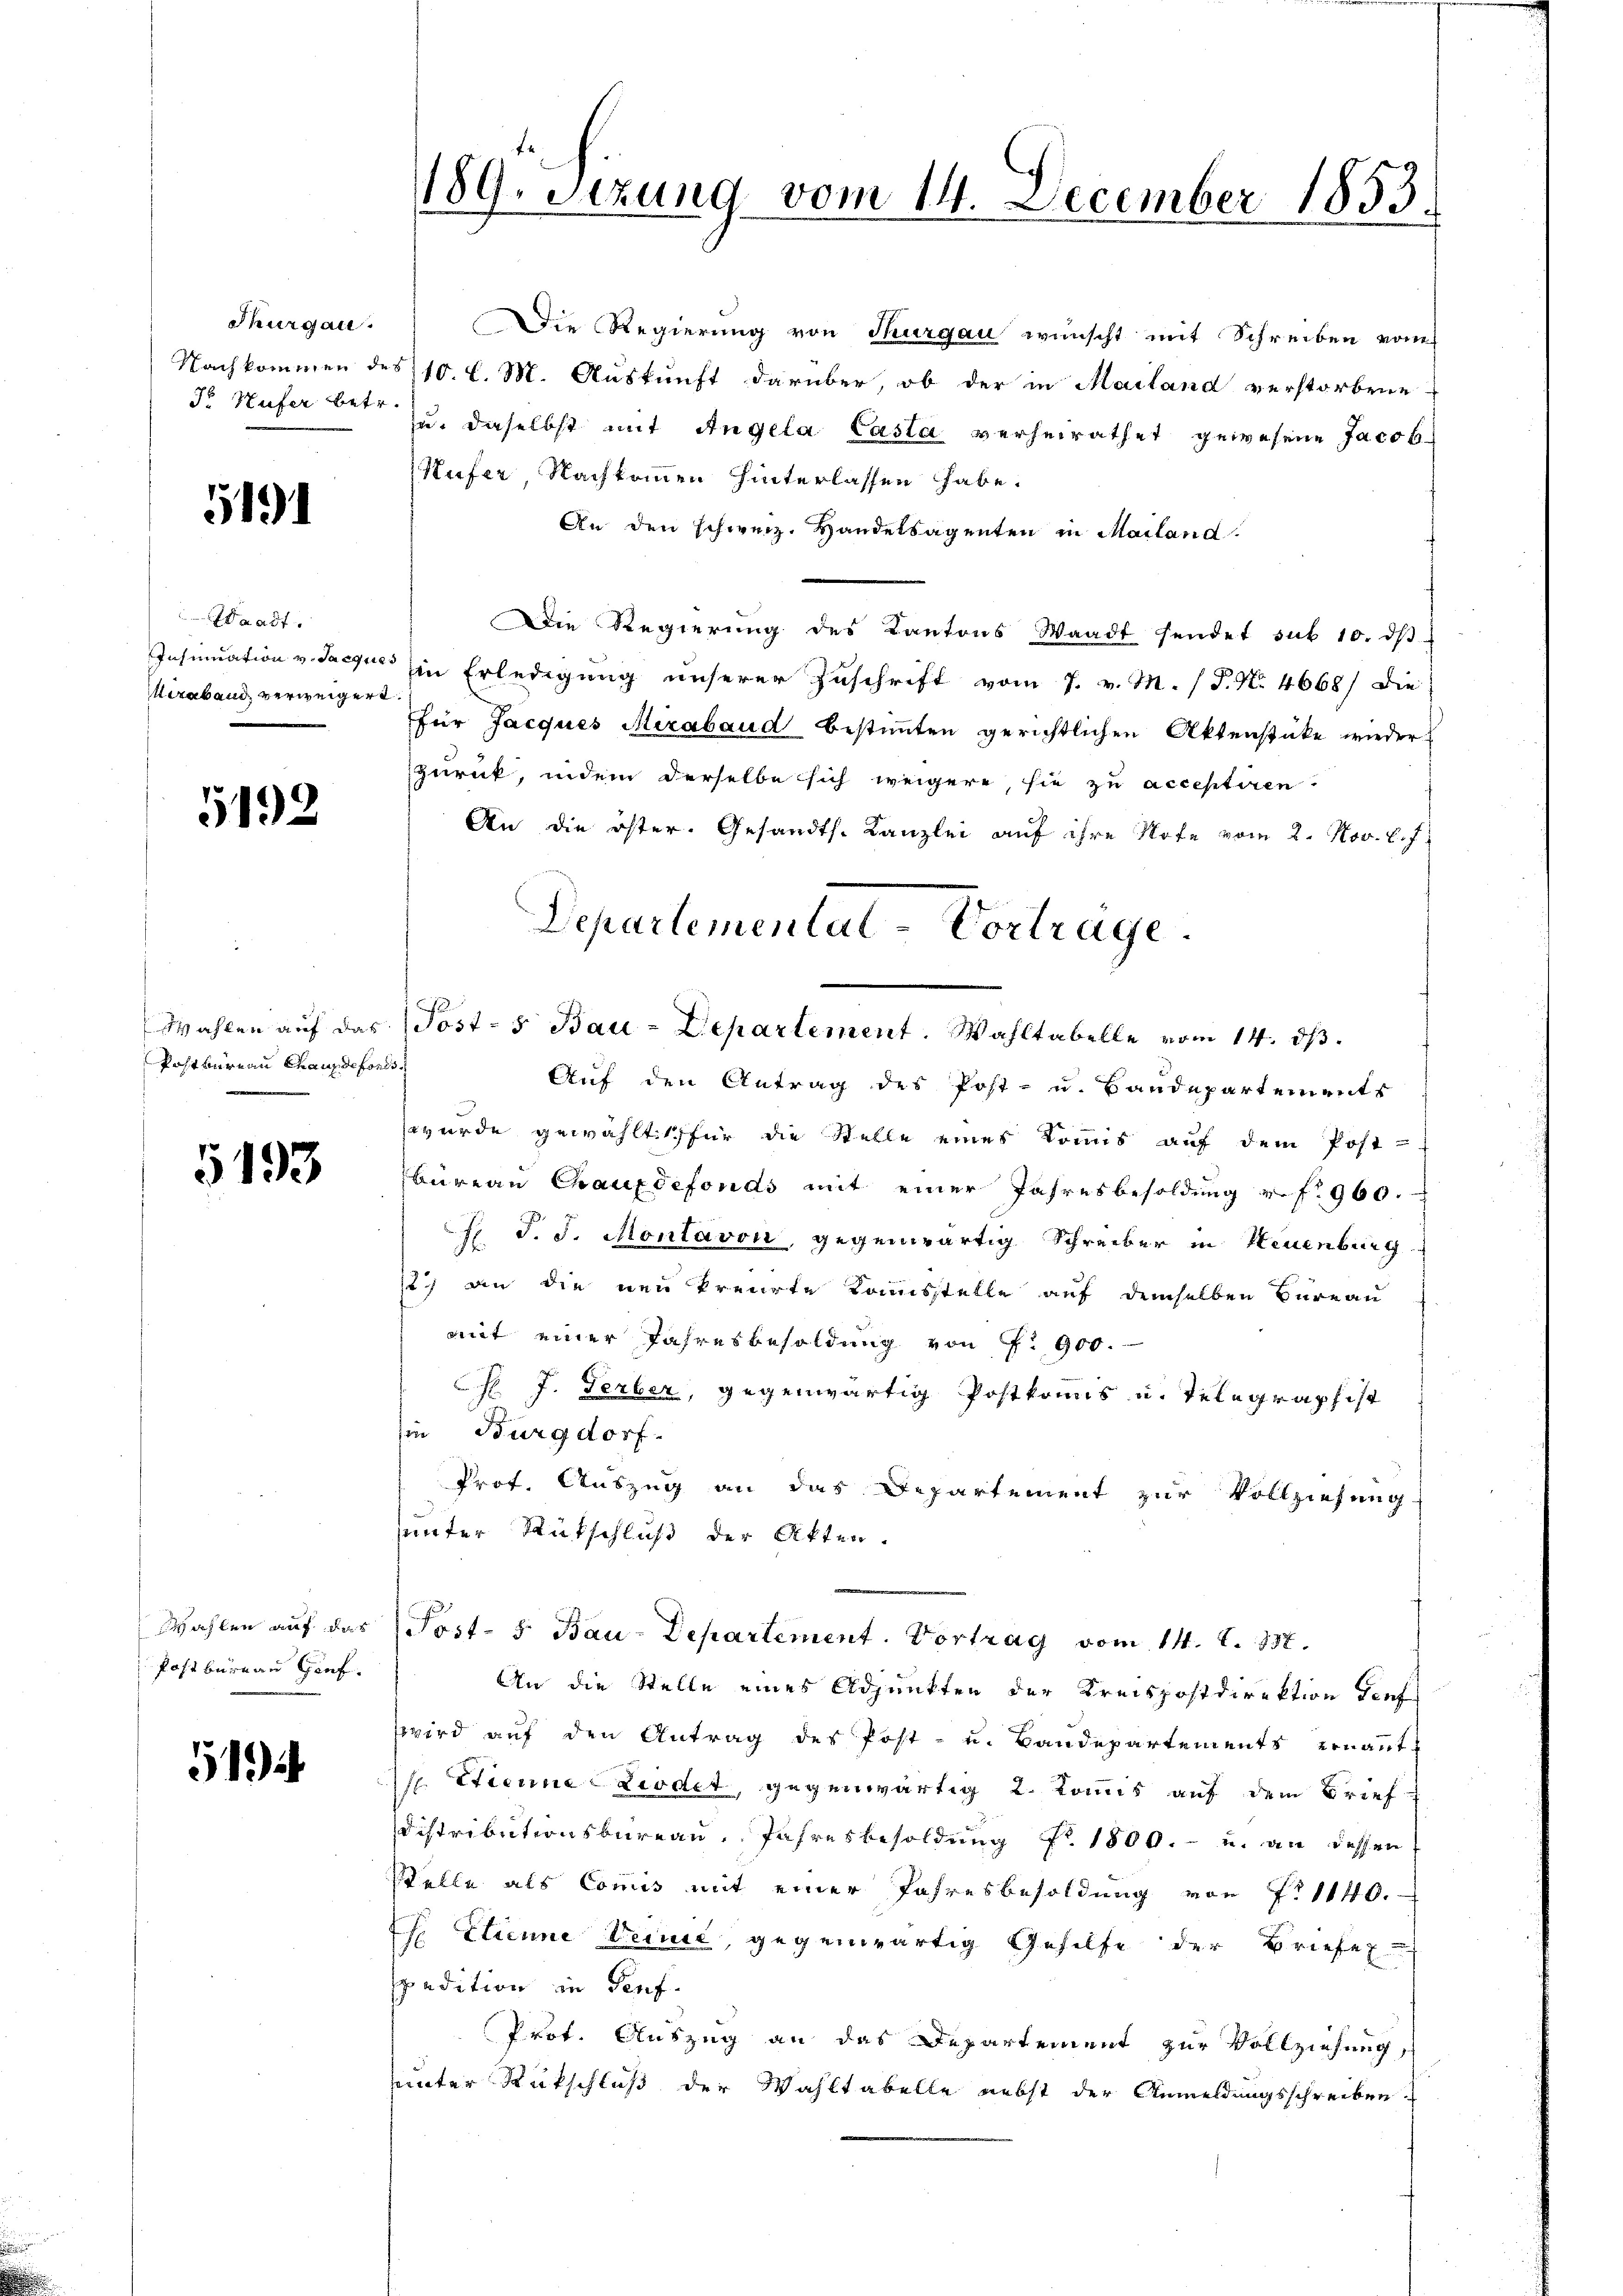
Thurgau.

5191

Waadt.
Hiraband verweigert.

5192

Wahlen auf das
Postbureau Chaus de forts

5193

Wahlen auf das
Postbureau Graf.

514

189. Sitzung vom 14. December 1853.

Nachkommen des 10. d. M. Auskunft darüber, ob der in Mailand verstorbene
3o Hufer betr. u. daselbst mit Angela Casta verheirathet gewesene Jacob
ufer, Nachkommen hinterlassen habe.
An den schweiz. Handelsagenten in Mailand
Die Regierung des Kantons Waadt sendet sub 10. dβ
Insinuation v. Sache in Erledigung unserer Zuschrift vom 7. v. M. / P. Nr. 4668/ die
für Jacques Miraband bestimmten gerichtlichen Aktenstücke wieder
zurück, indem derselbe sich weigere, sie zu acceptiren.
An die öster. Gesandts. Kanzlei auf ihre Note vom 2. Nov. l. f
Auf den Antrag des Post- u. Bandepartements
wurde gewähltes für die Stelle eines Kommis auf dem Post-
büreau Chauxdefonds mit einer Jahresbesoldung u. f. 960.
S. J. J. Montavon, gegenwärtig Schreiber in Neuenburg
12) an die neu kreirte Kommisstelle auf demselben Bureau
mit einer Jahresbesoldung von P. 900.
 J. Gerber, gegenwärtig Postkomis u. Telegraphist
in Burgdorf.
Prof. Auszug an das Departement zur Vollziehung
sunter Rückschluß der Akten.
.
Post- 5. Bau-Departement. Vortrag vom 14. S. 837.
An die Stelle eines Adjunkten der Kreispostdirektion denf
zwird auf den Antrag des Post- u. Bandepartements ernannt
s. Etienne Liedet, gegenwärtig 2. Kommis auf dem Brief
Distributionsbüreau. Jahresbesoldung Nr. 1800.- u. an dessen
Stelle als Commis mit einer Jahresbesoldung von f. 1140.
 Etienne Verne, gegenwärtig Gehilfe der Briefel
spedition in Teuf
Prot. Auszug an das Departement zur Vollziehung,
sunter Rückschluß der Wahltabelle nebst der Anmeldungsschreiben.

Departementat-Vorträge.
Post-s Bau-Departement. Wahltabelle vom 14. ds.

Die Regierung von Thurgau wünscht mit Schreiben von